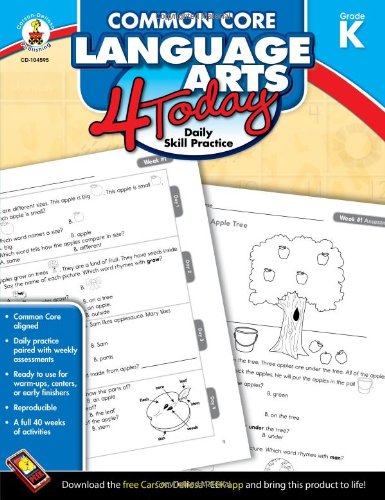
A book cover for Common Core Language Arts 4 Today, Grade K: Daily Skill Practice (Common Core 4 Today); Jennifer Taylor Geck; Education & Teaching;